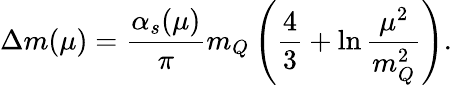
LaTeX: \Delta m(\mu)=\frac{\alpha_{s}(\mu)}{\pi}m_{Q}\left(\frac{4}{3}+\ln\frac{\mu^{2}}{m_{Q}^{2}}\right).